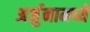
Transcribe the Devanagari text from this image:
अर्जुनामध्ये